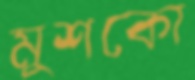
মুশকো